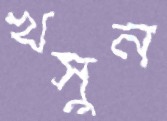
খসুন